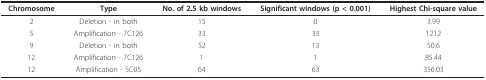
| Chromosome | Type | No. of 2.5 kb windows | Significant windows (p < 0.001) | Highest Chi-square value |
 | --- | --- | --- | --- | --- |
 | 2 | Deletion - in both | 15 | 0 | 3.99 |
 | 5 | Amplification - 7C126 | 33 | 33 | 1212 |
 | 9 | Deletion - in both | 52 | 13 | 50.6 |
 | 12 | Amplification - 7C126 | 1 | 1 | 85.44 |
 | 12 | Amplification - SC05 | 64 | 63 | 356.03 |